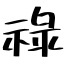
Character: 祿